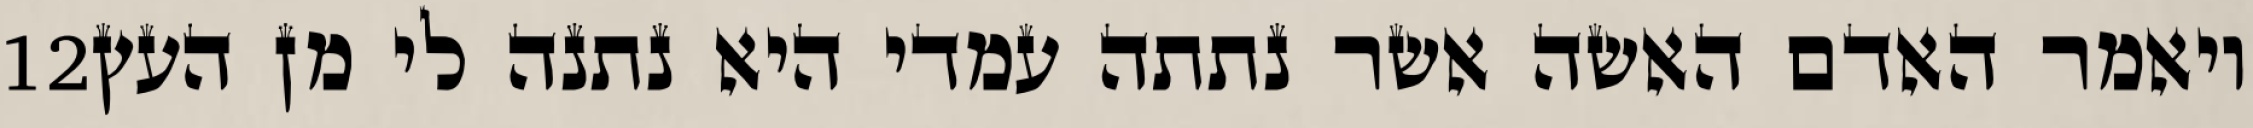
‎12‏ ויאמר האדם האשה אשר נתתה עמדי היא נתנה לי מן העץ